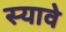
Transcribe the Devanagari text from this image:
स्यावे